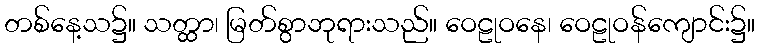
တစ်နေ့သ၌။ သတ္ထာ၊ မြတ်စွာဘုရားသည်။ ဝေဠုဝနေ၊ ဝေဠုဝန်ကျောင်း၌။